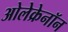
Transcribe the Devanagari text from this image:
ओलेक्रेनॉन